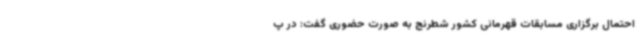
احتمال برگزاری مسابقات قهرمانی کشور شطرنج به صورت حضوری گفت: در پ